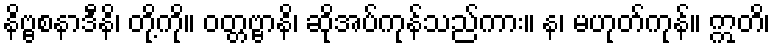
နိဗ္ဗစနာဒီနိ၊ တို့ကို။ ဝတ္တဗ္ဗာနိ၊ ဆိုအပ်ကုန်သည်ကား။ န၊ မဟုတ်ကုန်။ ဣတိ၊